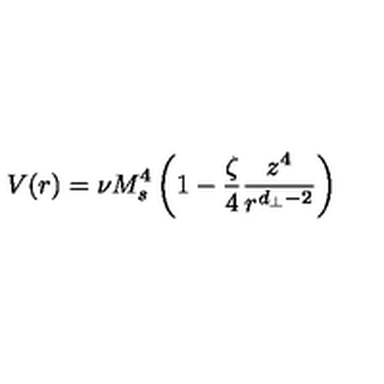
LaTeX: V ( r ) = \nu M _ { s } ^ { 4 } \left( 1 - \frac { \zeta } { 4 } \frac { z ^ { 4 } } { r ^ { d _ { \perp } - 2 } } \right)